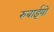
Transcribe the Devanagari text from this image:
रुबाईयों